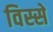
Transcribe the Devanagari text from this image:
विस्से